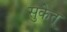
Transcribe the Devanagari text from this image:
सुकेतू